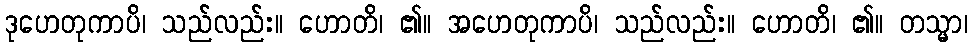
ဒုဟေတုကာပိ၊ သည်လည်း။ ဟောတိ၊ ၏။ အဟေတုကာပိ၊ သည်လည်း။ ဟောတိ၊ ၏။ တသ္မာ၊